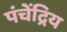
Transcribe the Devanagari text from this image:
पंचेंद्रिय